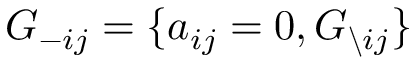
G _ { - i j } = \{ a _ { i j } = 0 , G _ { \backslash i j } \}